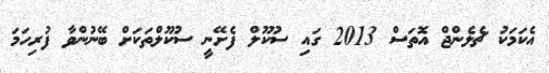
އެކަމަކު ޗެލެންޖް އޮތަސް 2013 ގައި ސުކޫލް ފެށޭނީ ސުކޫލްތަކަށް ބޭނުންވާ ފުރިހަމަ